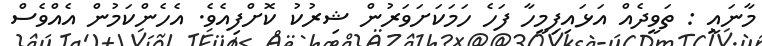
މާނައީ : ތަވީދެއް އަޅައިފިމީހާ ފަހެ ހަމަކަށަވަރުން ޝިރުކު ކޮށްފިއެވެ. އެހެންކަމުން އެއްވެސް